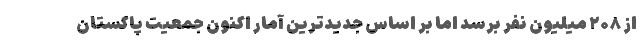
از ۲۰۸ میلیون نفر برسد اما بر اساس جدیدترین آمار اکنون جمعیت پاکستان